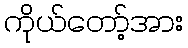
ကိုယ်တော့်အား